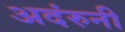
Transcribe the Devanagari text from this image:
अदंरुनी